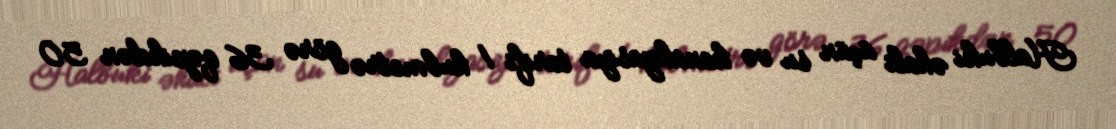
Halbuki əhali üçün su və kanalizasiya tarifi 1 kubmetrə görə 36 qəpikdən 50